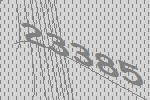
23385